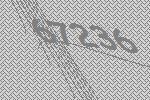
67236